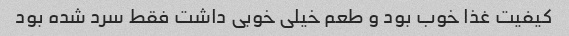
کیفیت غذا خوب بود و طعم خیلی خوبی داشت فقط سرد شده بود